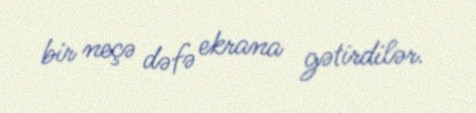
bir neçə dəfə ekrana gətirdilər.